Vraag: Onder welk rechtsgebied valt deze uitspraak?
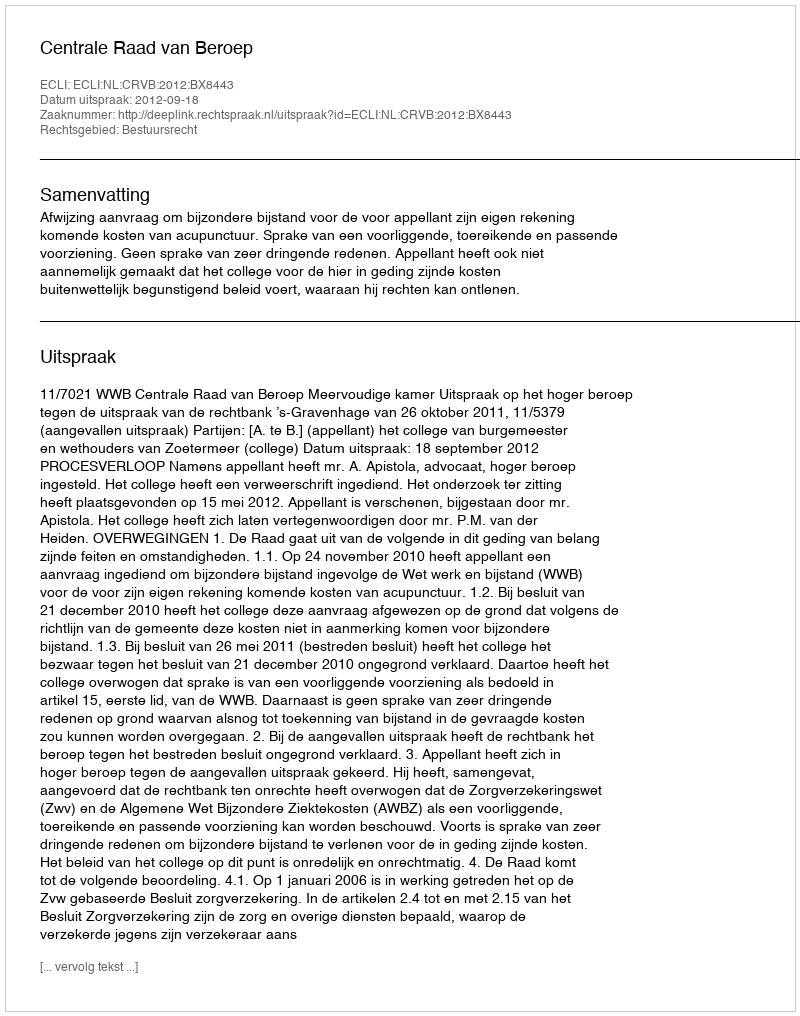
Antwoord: Bestuursrecht